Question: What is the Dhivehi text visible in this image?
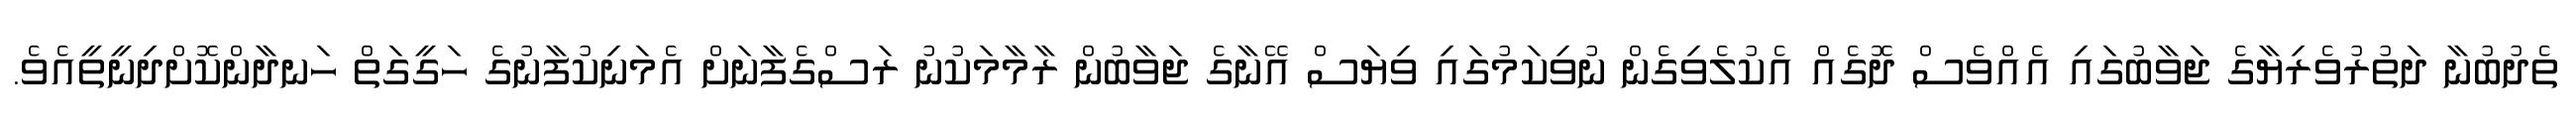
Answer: ތެދުބުނާ ދަތުރުވެރިޔާގެ ޖަވާބުގައި އެއްވެސް ދޮގެއް އެކުލެވިގެން ނުވިކަމުގައި ވިޔަސް އޭނާގެ ޖަވާބުން ރާމާމަކުނު ރަސްގެފާނަށް އެމަނިކުފާނުގެ ހަގީގަތް ހަނދާންކޮށްދިނީތީއެވެ.